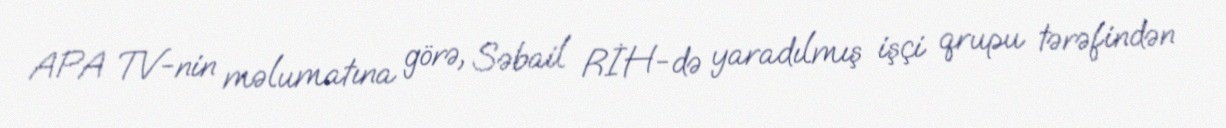
APA TV-nin məlumatına görə, Səbail RİH-də yaradılmış işçi qrupu tərəfindən